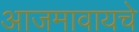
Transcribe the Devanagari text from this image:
आजमावायचे